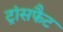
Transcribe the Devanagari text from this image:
ट्रांसफैट